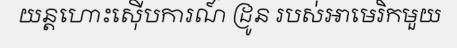
យន្តហោះស៊ើបការណ៍ ដ្រូន របស់អាមេរិកមួយ